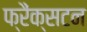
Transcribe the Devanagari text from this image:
फ्रैंक्सटन